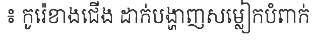
៖ កូរ៉េខាងជើង ដាក់បង្ហាញសម្លៀកបំពាក់